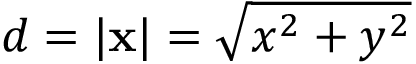
d = | \mathbf { x } | = \sqrt { x ^ { 2 } + y ^ { 2 } }